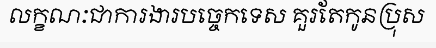
លក្ខណៈជាការងារបច្ចេកទេស គួរតែកូនប្រុស